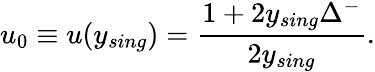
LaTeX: u_{0}\equiv u(y_{sing})=\frac{1+2y_{sing}\Delta^{-}}{2y_{sing}}.